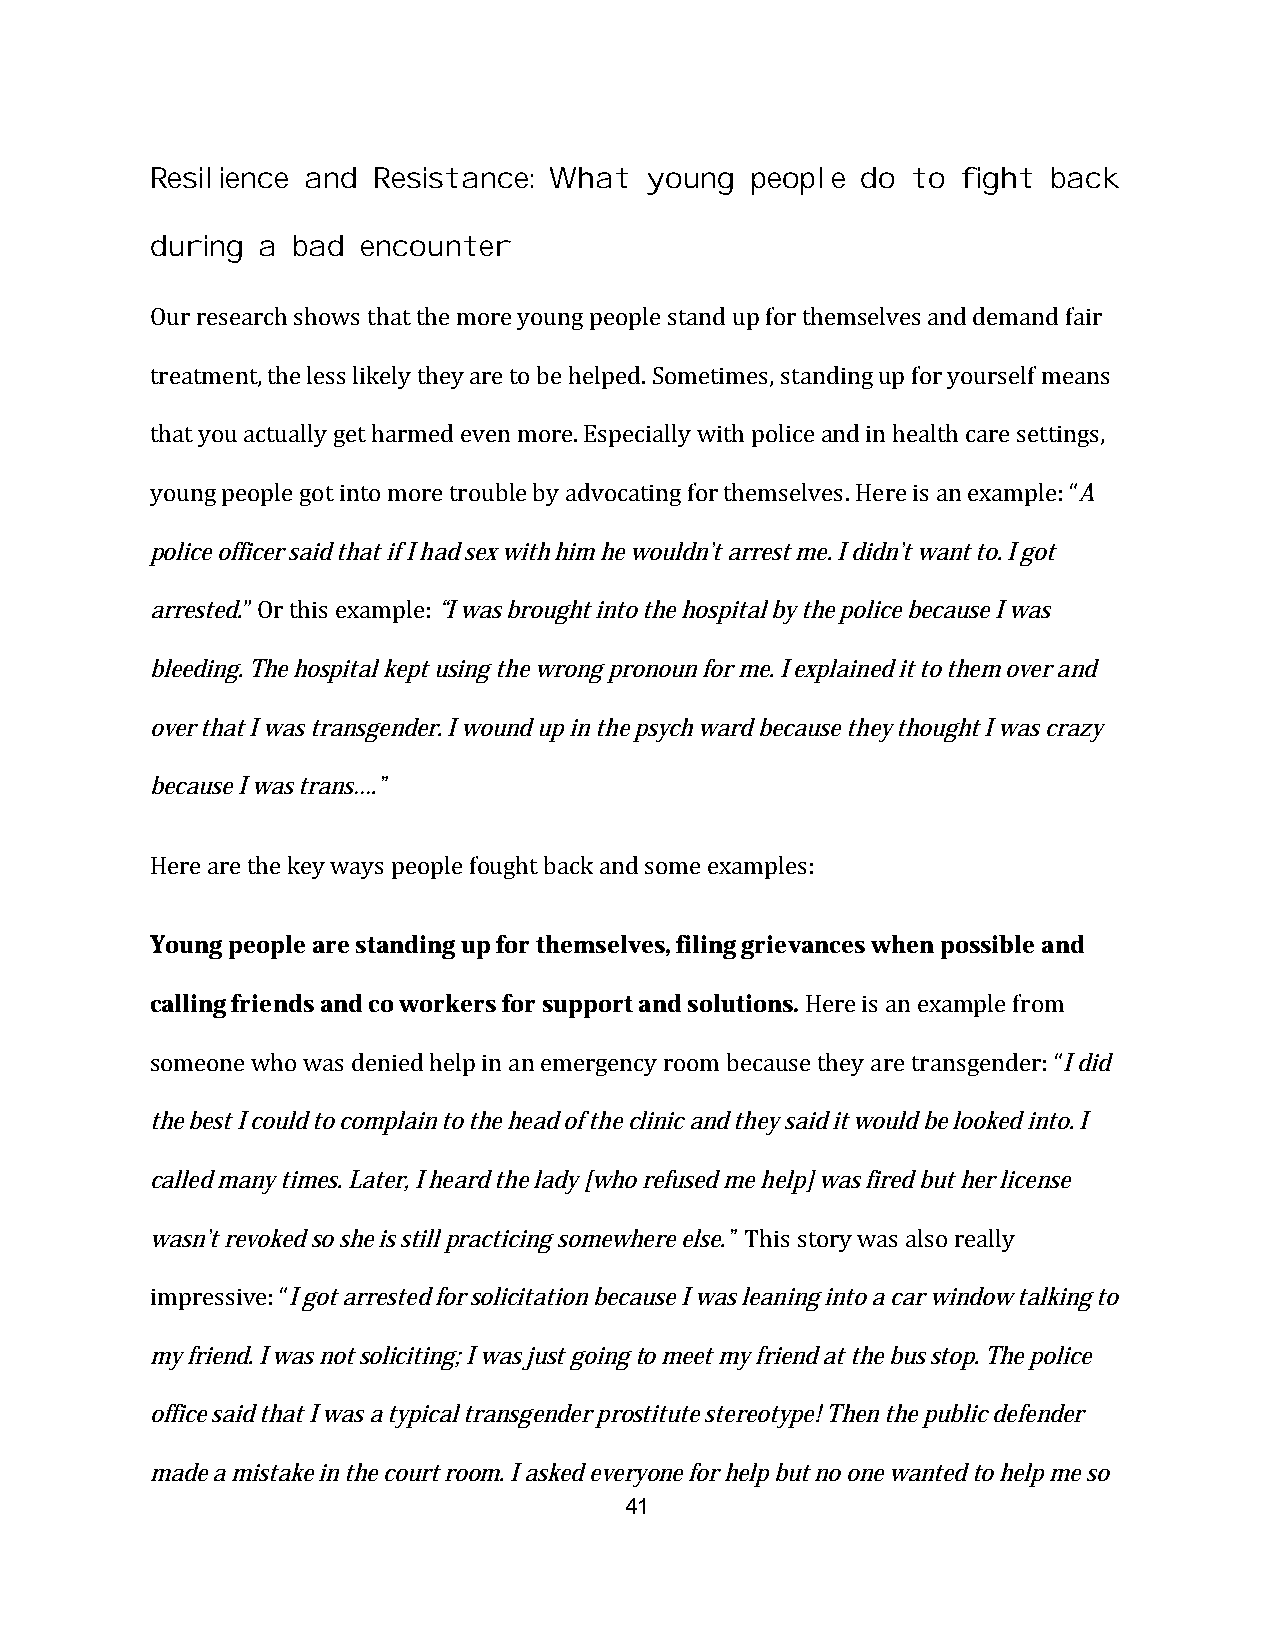
Resilience and Resistance: What  young  people do to  fight back
 during a bad  encounter
 Our research shows that the more young people stand up for themselves and demand fair
 treatment, the less likely they are to be helped. Sometimes, standing up for yourself means
 that you actually get harmed even more. Especially with police and in health care settings,
 young people got into more trouble by advocating for themselves. Here is an example: “A
 police officer said that if I had sex with him he wouldn’t arrest me. I didn’t want to. I got
 arrested.” Or this example: “I was brought into the hospital by the police because I was
 bleeding. The hospital kept using the wrong pronoun for me. I explained it to them over and
 over that I was transgender. I wound up in the psych ward because they thought I was crazy
 because I was trans….”
 Here are the key ways people fought back and some examples:
 Young people are standing up for themselves, filing grievances when possible and
 calling friends and co workers for support and solutions. Here is an example from
 someone who was denied help in an emergency room because they are transgender: “I did
 the best I could to complain to the head of the clinic and they said it would be looked into. I
 called many times. Later, I heard the lady [who refused me help] was fired but her license
 wasn’t revoked so she is still practicing somewhere else.” This story was also really
 impressive: “I got arrested for solicitation because I was leaning into a car window talking to
 my friend. I was not soliciting; I was just going to meet my friend at the bus stop. The police
 office said that I was a typical transgender prostitute stereotype! Then the public defender
 made a mistake in the court room. I asked everyone for help but no one wanted to help me so
 41